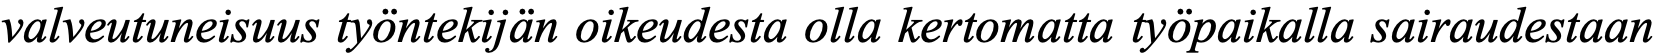
valveutuneisuus työntekijän oikeudesta olla kertomatta työpaikalla sairaudestaan